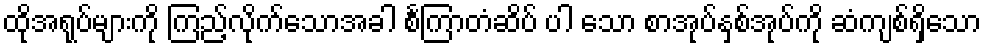
ထိုအရုပ်များကို ကြည့်လိုက်သောအခါ စင်္ကြာတံဆိပ် ပါ သော စာအုပ်နှစ်အုပ်ကို ဆံကျစ်ရှိသော